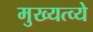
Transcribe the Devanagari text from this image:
मुख्यत्व्ये